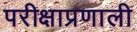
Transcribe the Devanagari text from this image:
परीक्षाप्रणाली